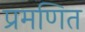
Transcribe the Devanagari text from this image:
प्रमणित